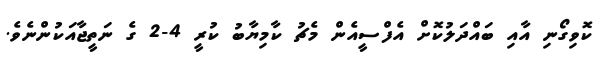
ކޮވިގޯނި އާއި ބައްދަލުކޮށް އެފްސީއެން މެޗު ކާމިޔާބު ކުރީ 4-2 ގެ ނަތީޖާއަކުންނެވެ.